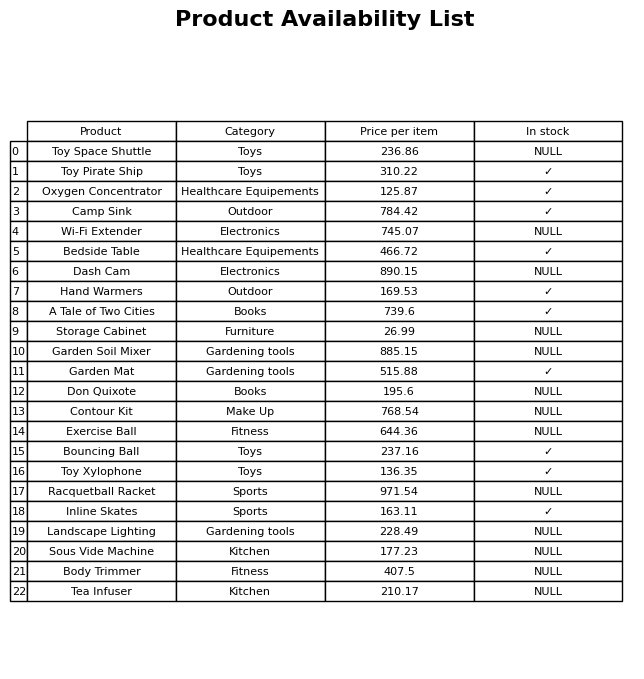
question: What is the price of the Garden Soil Mixer?
answer: The price of Garden Soil Mixer is 885.15.